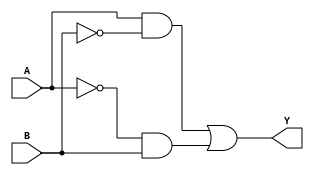
module XOR_gate (
    input A,
    input B,
    output Y
);

wire and1_out, and2_out, or_out;

assign and1_out = A & ~B;
assign and2_out = ~A & B;
assign or_out = and1_out | and2_out;

assign Y = or_out;

endmodule